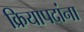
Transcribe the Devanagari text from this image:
क्रियापदांना